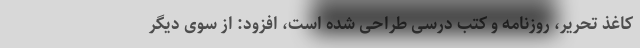
کاغذ تحریر، روزنامه و کتب درسی طراحی شده است، افزود: از سوی دیگر